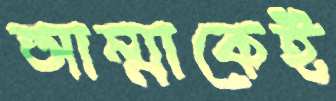
আম্মাকেই